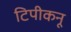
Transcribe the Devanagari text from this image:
टिपीकनू